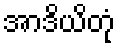
အာဒိယိတုံ